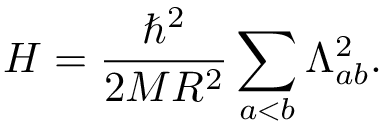
H = \frac { \hbar ^ { 2 } } { 2 M R ^ { 2 } } \sum _ { a < b } \Lambda _ { a b } ^ { 2 } .